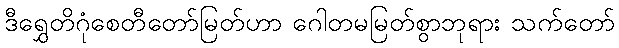
ဒီရွှေတိဂုံစေတီတော်မြတ်ဟာ ဂေါတမမြတ်စွာဘုရား သက်တော်